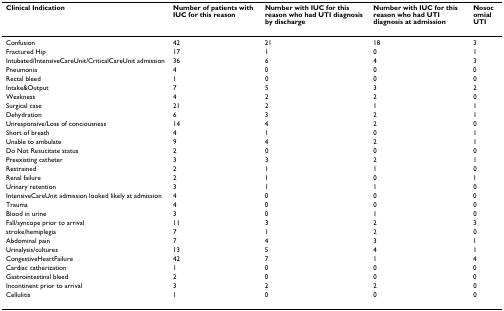
<table><thead><tr><td><b>Clinical Indication</b></td><td><b>Number of patients with IUC for this reason</b></td><td><b>Number with IUC for this reason who had UTI diagnosis by discharge</b></td><td><b>Number with IUC for this reason who had UTI diagnosis at admission</b></td><td><b>Nosocomial UTI</b></td></tr></thead><tbody><tr><td>Confusion</td><td>42</td><td>21</td><td>18</td><td>3</td></tr><tr><td>Fractured Hip</td><td>17</td><td>1</td><td>0</td><td>1</td></tr><tr><td>Intubated/IntensiveCareUnit/CriticalCareUnit admission</td><td>36</td><td>6</td><td>4</td><td>3</td></tr><tr><td>Pneumonia</td><td>4</td><td>0</td><td>0</td><td>0</td></tr><tr><td>Rectal bleed</td><td>1</td><td>0</td><td>0</td><td>0</td></tr><tr><td>Intake&amp;Output</td><td>7</td><td>5</td><td>3</td><td>2</td></tr><tr><td>Weakness</td><td>4</td><td>2</td><td>2</td><td>0</td></tr><tr><td>Surgical case</td><td>21</td><td>2</td><td>1</td><td>1</td></tr><tr><td>Dehydration</td><td>6</td><td>3</td><td>2</td><td>1</td></tr><tr><td>Unresponsive/Loss of conciousness</td><td>14</td><td>4</td><td>2</td><td>0</td></tr><tr><td>Short of breath</td><td>4</td><td>1</td><td>0</td><td>1</td></tr><tr><td>Unable to ambulate</td><td>9</td><td>4</td><td>2</td><td>1</td></tr><tr><td>Do Not Resucitate status</td><td>2</td><td>0</td><td>0</td><td>0</td></tr><tr><td>Preexisting catheter</td><td>3</td><td>3</td><td>2</td><td>1</td></tr><tr><td>Restrained</td><td>2</td><td>1</td><td>1</td><td>0</td></tr><tr><td>Renal failure</td><td>2</td><td>1</td><td>0</td><td>1</td></tr><tr><td>Urinary retention</td><td>3</td><td>1</td><td>1</td><td>0</td></tr><tr><td>IntensiveCareUnit admission looked likely at admission</td><td>4</td><td>0</td><td>0</td><td>0</td></tr><tr><td>Trauma</td><td>4</td><td>0</td><td>0</td><td>0</td></tr><tr><td>Blood in urine</td><td>3</td><td>0</td><td>1</td><td>0</td></tr><tr><td>Fall/syncope prior to arrival</td><td>11</td><td>3</td><td>2</td><td>3</td></tr><tr><td>stroke/hemiplegia</td><td>7</td><td>1</td><td>2</td><td>0</td></tr><tr><td>Abdominal pain</td><td>7</td><td>4</td><td>3</td><td>1</td></tr><tr><td>Urinalysis/cultures</td><td>13</td><td>5</td><td>4</td><td>1</td></tr><tr><td>CongestiveHeartFailure</td><td>42</td><td>7</td><td>1</td><td>4</td></tr><tr><td>Cardiac catherization</td><td>1</td><td>0</td><td>0</td><td>0</td></tr><tr><td>Gastrointestinal bleed</td><td>2</td><td>0</td><td>0</td><td>0</td></tr><tr><td>Incontinent prior to arrival</td><td>3</td><td>2</td><td>2</td><td>0</td></tr><tr><td>Cellulitis</td><td>1</td><td>0</td><td>0</td><td>0</td></tr></tbody></table>